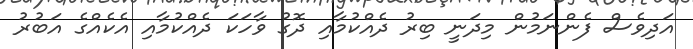
އަދިވެސް ފެންނަމުން މިދަނީ ބިރު ދެއްކުމާއި ދޮގު ވާހަކަ ދެއްކުމާއި އެކެއްގެ އަބުރު